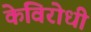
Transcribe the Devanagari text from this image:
केविरोधी